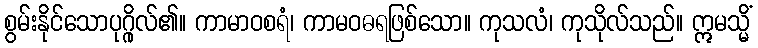
စွမ်းနိုင်သောပုဂ္ဂိုလ်၏။ ကာမာဝစရံ၊ ကာမဝဓရဖြစ်သော။ ကုသလံ၊ ကုသိုလ်သည်။ ဣမသ္မိံ